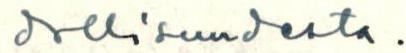
dollisuudesta.